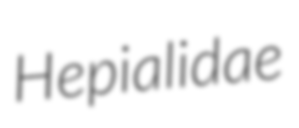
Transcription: Hepialidae